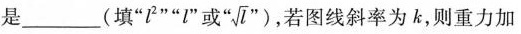
是___(填“l^{2}”l"或“\sqrt{l}”)，若图线斜率为k，则重力加